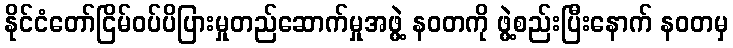
နိုင်ငံတော်ငြိမ်ဝပ်ပိပြားမှုတည်ဆောက်မှုအဖွဲ့ နဝတကို ဖွဲ့စည်းပြီးနောက် နဝတမှ